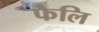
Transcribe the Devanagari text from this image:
फैलि